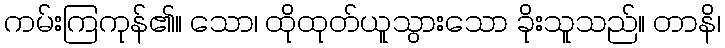
ကမ်းကြကုန်၏။ သော၊ ထိုထုတ်ယူသွားသော ခိုးသူသည်။ တာနိ၊